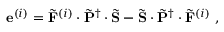
\mathbf { e } ^ { ( i ) } = \tilde { \mathbf { F } } ^ { ( i ) } \cdot \tilde { \mathbf { P } } ^ { \dagger } \cdot \tilde { \mathbf { S } } - \tilde { \mathbf { S } } \cdot \tilde { \mathbf { P } } ^ { \dagger } \cdot \tilde { \mathbf { F } } ^ { ( i ) } \mathrm { ~ , ~ }